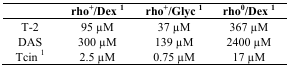
<table><thead><tr><td>[EMPTY_CELL]</td><td><b>rho<sup>+</sup>/Dex <sup>1</sup></b></td><td><b>rho<sup>+</sup>/Glyc <sup>1</sup></b></td><td><b>rho<sup>0</sup>/Dex <sup>1</sup></b></td></tr></thead><tbody><tr><td>T-2</td><td>95 μM</td><td>37 μM</td><td>367 μM</td></tr><tr><td>DAS</td><td>300 μM</td><td>139 μM</td><td>2400 μM</td></tr><tr><td>Tcin <sup>1</sup></td><td>2.5 μM</td><td>0.75 μM</td><td>17 μM</td></tr></tbody></table>